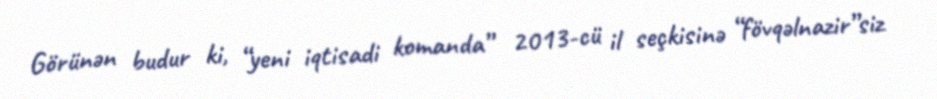
Görünən budur ki, “yeni iqtisadi komanda” 2013-cü il seçkisinə “fövqəlnazir”siz